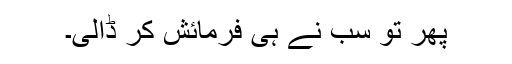
پھر تو سب نے ہی فرمائش کر ڈالی۔